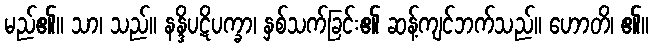
မည်၏။ သာ၊ သည်။ နန္ဒိပဋိပက္ခာ၊ နှစ်သက်ခြင်း၏ ဆန့်ကျင်ဘက်သည်။ ဟောတိ၊ ၏။